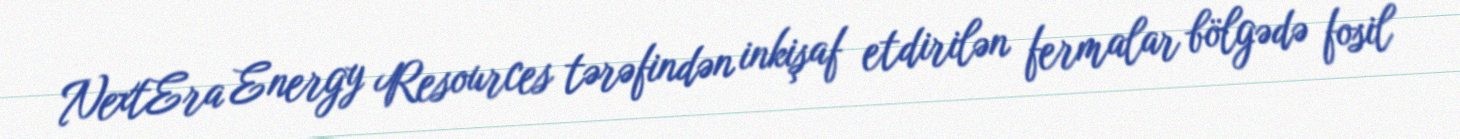
NextEra Energy Resources tərəfindən inkişaf etdirilən fermalar bölgədə fosil